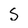
Character: S